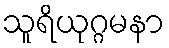
သူရိယုဂ္ဂမနာ